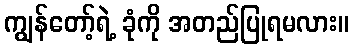
ကျွန်တော့်ရဲ့ ခုံကို အတည်ပြုရမလား။